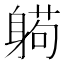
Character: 𰹂